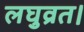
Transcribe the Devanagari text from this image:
लघुव्रत।